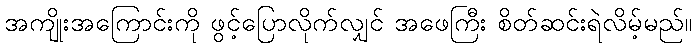
အကျိုးအကြောင်းကို ဖွင့်ပြောလိုက်လျှင် အဖေကြီး စိတ်ဆင်းရဲလိမ့်မည်။